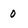
Character: 0